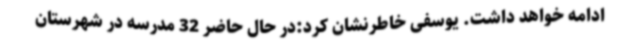
ادامه خواهد داشت. یوسفی خاطرنشان کرد:در حال حاضر 32 مدرسه در شهرستان